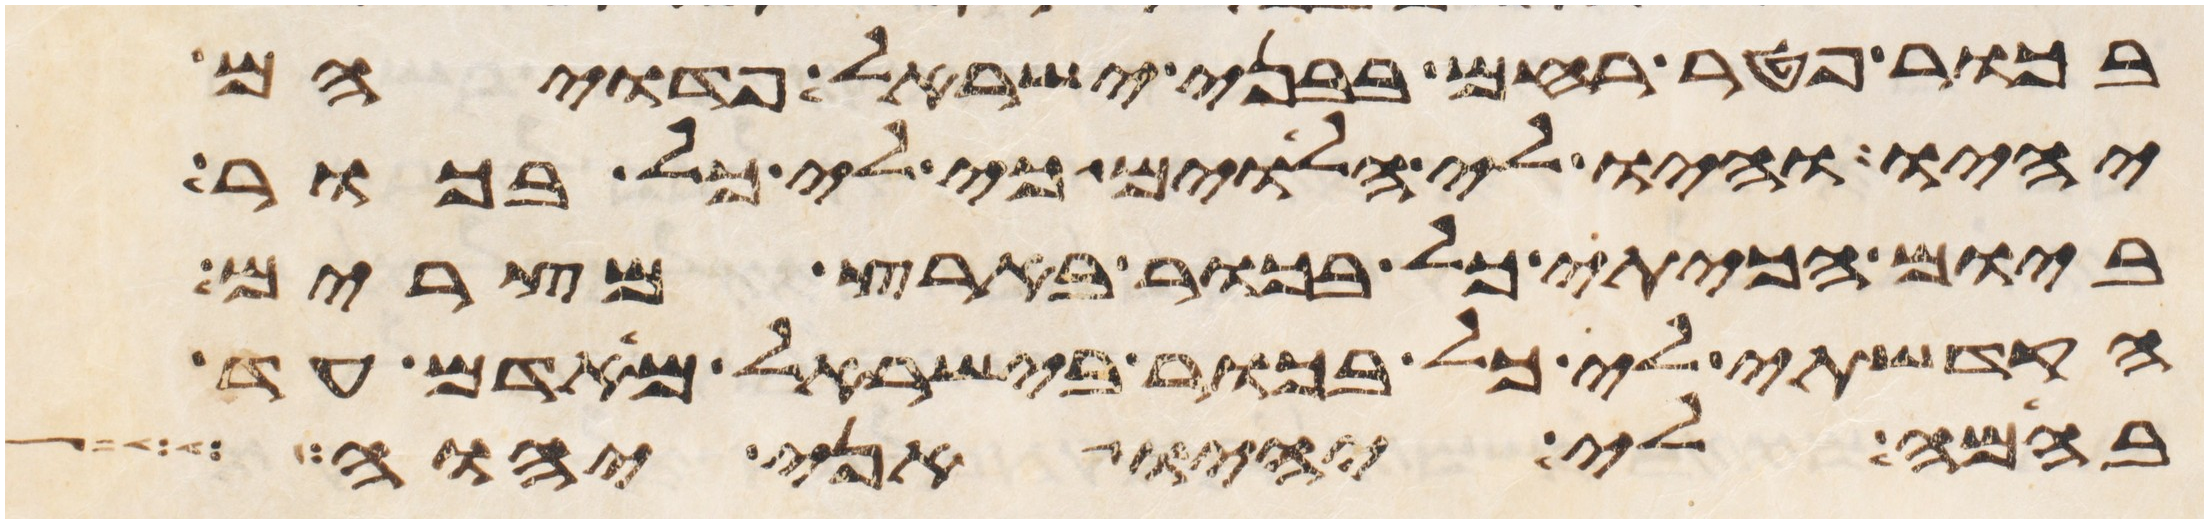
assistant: בכור פטר רחם בבני ישראל פדויהם
יהיו והיו לי הלוים כי לי כל בכור
ביום הכיתי כל בכור בארץ מצרים
הקדשתי לי כל בכור בישראל מאדם עד
בהמה לי יהיו אני יהוה